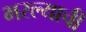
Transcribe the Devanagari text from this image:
भरल्याची